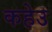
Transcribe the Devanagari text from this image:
कहेउ